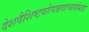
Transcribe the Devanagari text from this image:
देशवैशिष्टयोत्पन्नवाच्यसंभवा